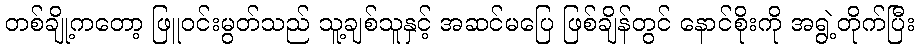
တစ်ချို့ကတော့ ဖြူဝင်းမွတ်သည် သူ့ချစ်သူနှင့် အဆင်မပြေ ဖြစ်ချိန်တွင် နောင်စိုးကို အရွဲ့တိုက်ပြီး